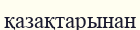
қазақтарынан